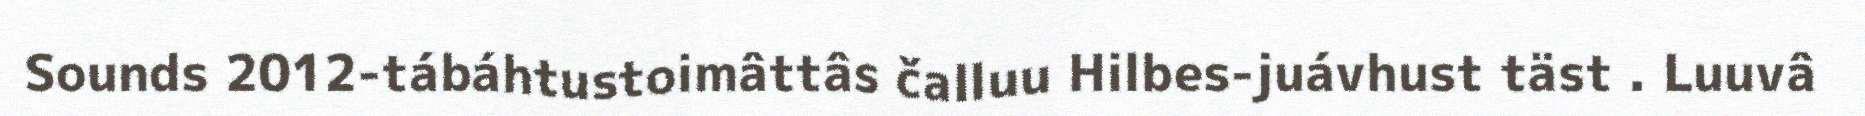
Sounds 2012-tábáhtustoimâttâs čalluu Hilbes-juávhust täst . Luuvâ